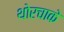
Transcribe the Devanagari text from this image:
थोरचाके